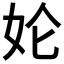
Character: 𱙇